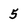
Character: 5